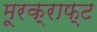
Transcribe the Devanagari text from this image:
मूरक्राफ्ट